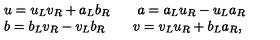
\begin{array} { l } { u = u _ { L } v _ { R } + a _ { L } b _ { R } \qquad a = a _ { L } u _ { R } - u _ { L } a _ { R } } \\ { b = b _ { L } v _ { R } - v _ { L } b _ { R } \qquad v = v _ { L } u _ { R } + b _ { L } a _ { R } , } \\ \end{array}